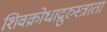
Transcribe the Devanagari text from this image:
शिवक्रोधाद्गुरुस्त्राता